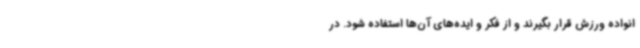
انواده ورزش قرار بگیرند و از فکر و ایده‌های آن‌ها استفاده شود. در